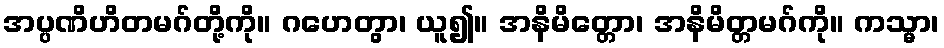
အပ္ပဏိဟိတမဂ်တို့ကို။ ဂဟေတွာ၊ ယူ၍။ အနိမိတ္တော၊ အနိမိတ္တမဂ်ကို။ ကသ္မာ၊